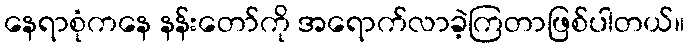
နေရာစုံကနေ နန်းတော်ကို အရောက်လာခဲ့ကြတာဖြစ်ပါတယ်။